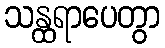
သန္ထရာပေတွာ